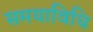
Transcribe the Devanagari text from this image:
समयाविधि